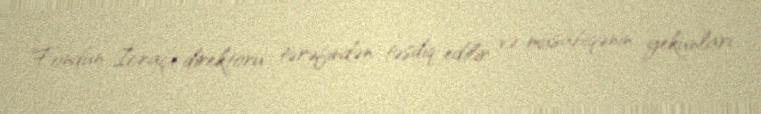
Fondun İcraçı direktoru tərəfindən təsdiq edilir və müsabiqənin yekunları